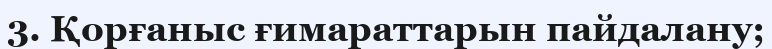
3. Қорғаныс ғимараттарын пайдалану;